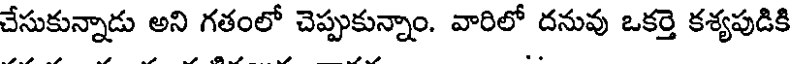
చేసుకున్నాడు అని గతంలో చెప్పుకున్నాం. వారిలో దనువు ఒకర్తె కశ్యపుడికి